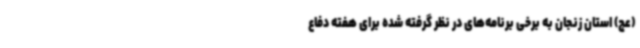
(عج) استان زنجان به برخی برنامه‌های در نظر گرفته شده برای هفته دفاع